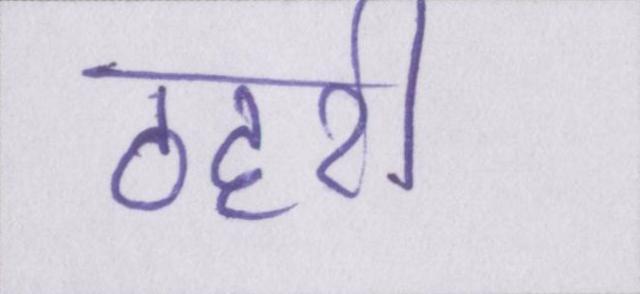
ठहरी